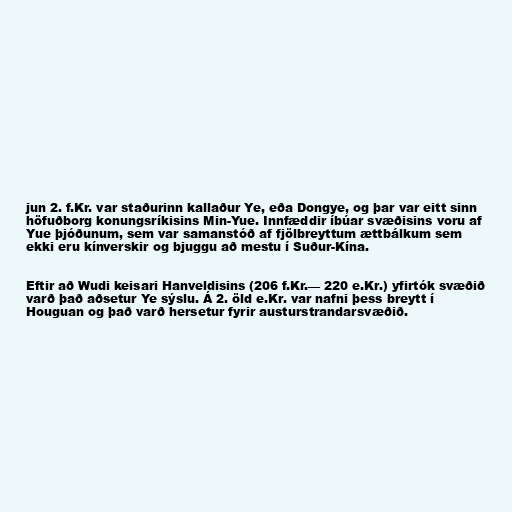
jun 2. f.Kr. var staðurinn kallaður Ye, eða Dongye, og þar var eitt sinn
höfuðborg konungsríkisins Min-Yue. Innfæddir íbúar svæðisins voru af
Yue þjóðunum, sem var samanstóð af fjölbreyttum ættbálkum sem
ekki eru kínverskir og bjuggu að mestu í Suður-Kína.

Eftir að Wudi keisari Hanveldisins (206 f.Kr.— 220 e.Kr.) yfirtók svæðið
varð það aðsetur Ye sýslu. Á 2. öld e.Kr. var nafni þess breytt í
Houguan og það varð hersetur fyrir austurstrandarsvæðið.